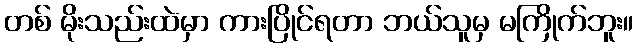
တစ် မိုးသည်းထဲမှာ ကားပြိုင်ရတာ ဘယ်သူမှ မကြိုက်ဘူး။